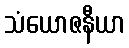
သံယောဇနီယာ